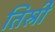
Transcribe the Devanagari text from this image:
तिस्री